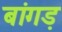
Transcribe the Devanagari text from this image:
बांगड़